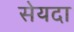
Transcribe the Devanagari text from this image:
सेयदा